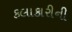
કલાકારીની